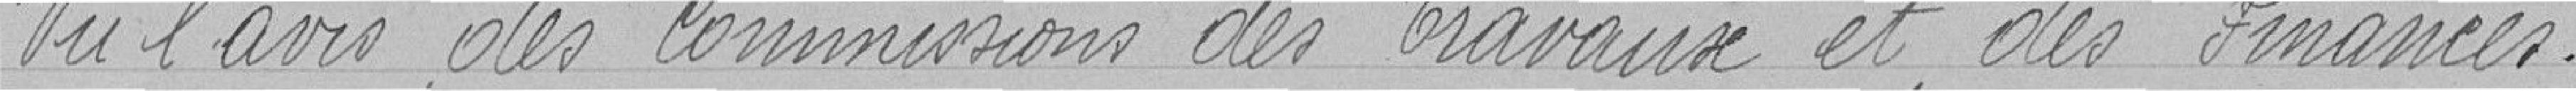
Vu l'avis des commissions des Travaux et des Finances.